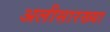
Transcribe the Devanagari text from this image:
अलीसारख्या